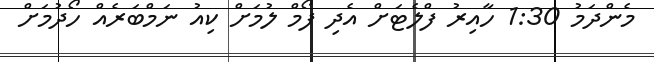
މެންދަމު 1:30 ހާއިރު ފްލެޓަށް އެދި ފޯމް ލުމަށް ކިއު ނަމްބަރެއް ހޯދުމަށް